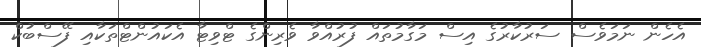
އެހެން ނަމަވެސް ސަރުކާރުގެ އިސް މަގާމުތައް ފުރުއްވާ ވެރިންގެ ޓްވިޓާ އެކައުންޓްތަކާއި ފޭސްބުކް